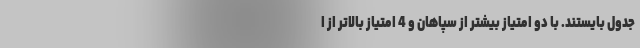
جدول بایستند. با دو امتیاز بیشتر از سپاهان و 4 امتیاز بالاتر از ا